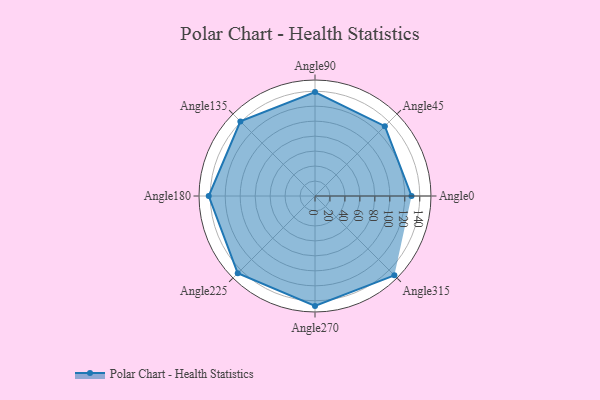
{"axis": {"x": "Angle", "y": "Radius"}, "legend": [""], "data": [{"x": "Angle0", "y": 129.0, "type": ""}, {"x": "Angle45", "y": 132.0, "type": ""}, {"x": "Angle90", "y": 139.0, "type": ""}, {"x": "Angle135", "y": 141.0, "type": ""}, {"x": "Angle180", "y": 142.0, "type": ""}, {"x": "Angle225", "y": 146.0, "type": ""}, {"x": "Angle270", "y": 147.0, "type": ""}, {"x": "Angle315", "y": 150.0, "type": ""}]}